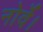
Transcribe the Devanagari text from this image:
नोर्वे।